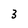
Character: 3